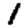
Digit: 1